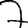
Digit: 7